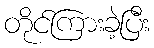
တိုင်ကြားခဲ့ပြီး